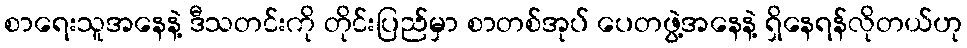
စာရေးသူအနေနဲ့ ဒီသတင်းကို တိုင်းပြည်မှာ စာတစ်အုပ် ပေတဖွဲ့အနေနဲ့ ရှိနေရန်လိုတယ်ဟု